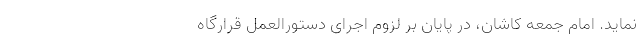
نماید. امام جمعه کاشان، در پایان بر لزوم اجرای دستورالعمل قرارگاه